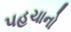
પહચાનો